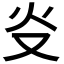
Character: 𤆌